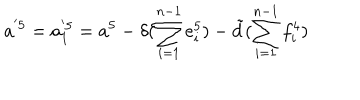
a ^ { ' 5 } = a _ { 1 } ^ { ' 5 } = a ^ { 5 } - \delta ( \sum _ { i = 1 } ^ { n - 1 } e _ { i } ^ { 5 } ) - \tilde { d } ( \sum _ { i = 1 } ^ { n - 1 } f _ { i } ^ { 4 } )